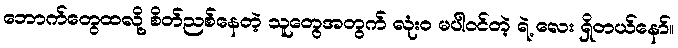
ဘောက်တွေထလို့ စိတ်ညစ်နေတဲ့ သူတွေအတွက် လုံး၀ မပါဝင်တဲ့ ရဲ့ လေး ရှိတယ်နော်။